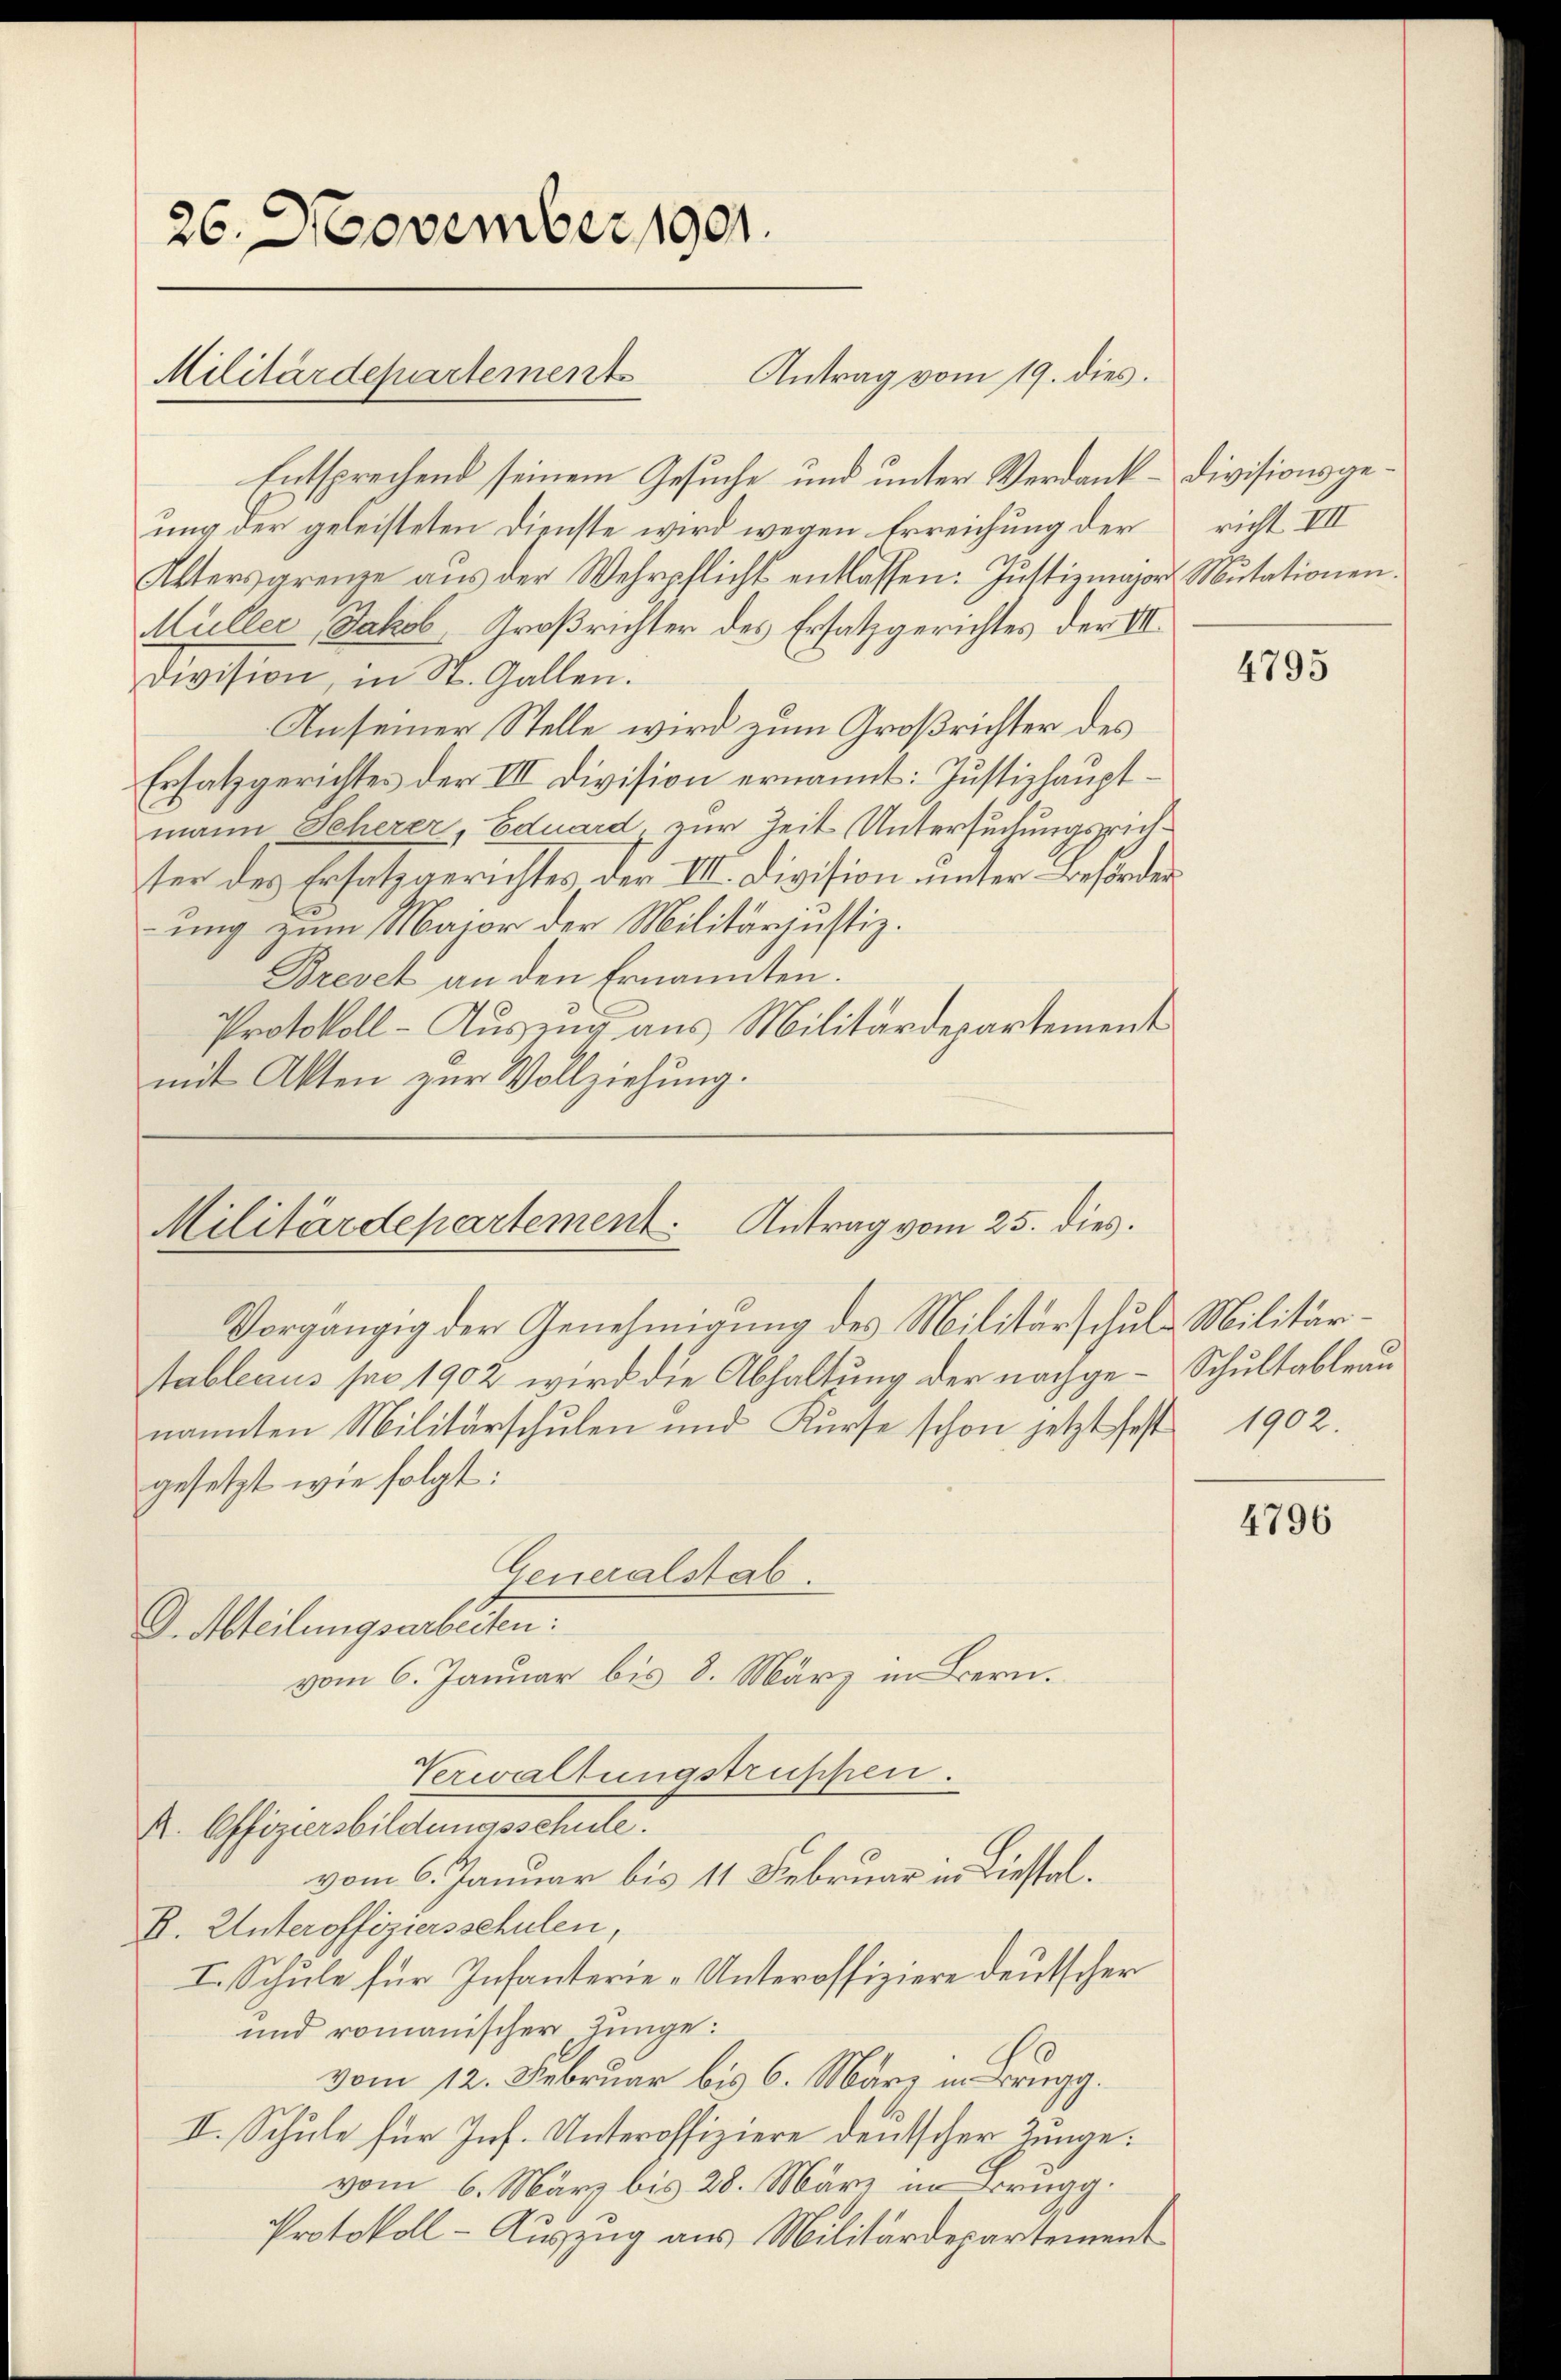
26. November 1901.

Antrag vom 19. dies.
Entsprechend seinem Gesuche und unter Verdank-Divisionsgeung der geleisteten Dienste wird wegen Erreichung der richt III
Altersgrenze aus der Wehrpflicht entlassen: Justizmajor Mutationen.
Müller, Jakob Großrichter des Ersatzgerichtes der III.
Division, in St. Gallen.
An seiner Stelle wird zum Großrichter des
Ersatzgerichtes der III Division ernannt: Justizhauptmann Seherer, Eduard zur Zeit Untersuchungsrichter des Ersatzgerichtes der III. Division unter Beforder
ung zum Maior der Militärjustiz.
Brevet an den Ernannten.
Protokoll-Auszug aus Militärdepartement
mit Akten zur Vollziehung.

Militärdepartements

Militärdepartement. Antrag vom 25. dies.
Vorgängig der Genehmigung des Militärschul-Militär¬

D. Abteilungsarbeiten:

tableaus per 1902 wird die Abhaltung der nachge-Schultableau
nannten Militärschulen und Kurse schon jetzt fest 1902.
gesetzt wie folgt:
Generalstab.
vom 6. Januar bis 8. März in Bern.
Verwaltungstrupfen.
A. Offiziersbildungsschule
vom 6. Januar bis 11 Februar in Liestel.
B. Unteroffiziersschulen,
I. Schule für Infanterie-Unteroffiziere deutscher
und romanischer Jünge:
vom 12. Februar bis 6. März in Brugg.
II. Schule für Inf. Unteroffiziere deutscher Zunge:
vom 6. März bis 28. März in Brugg.
Protokoll - Auszug aus Militärdepartement

4795

4796